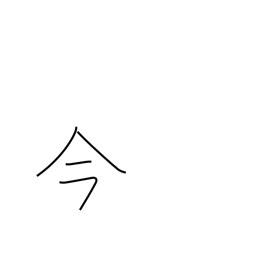
Meaning: now